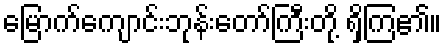
မြောက်ကျောင်းဘုန်းတော်ကြီးတို့ ရှိကြ၏။